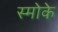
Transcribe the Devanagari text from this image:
स्मोके